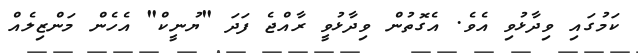
ކަމުގައި ވިދާޅުވި އެވެ. އެގޮތުން ވިދާޅުވީ ރާއްޖެ ފަދަ "ޔުނީކް" އެހެން މަންޒިލެއް